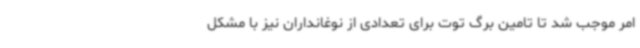
امر موجب شد تا تامین برگ توت برای تعدادی از نوغانداران نیز با مشکل